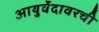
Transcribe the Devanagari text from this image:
आयुर्वेदावरची